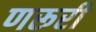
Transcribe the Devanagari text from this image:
णरूरी